Vaccination in Bombay 1874-1876 - 1874-1876
Year: 1874
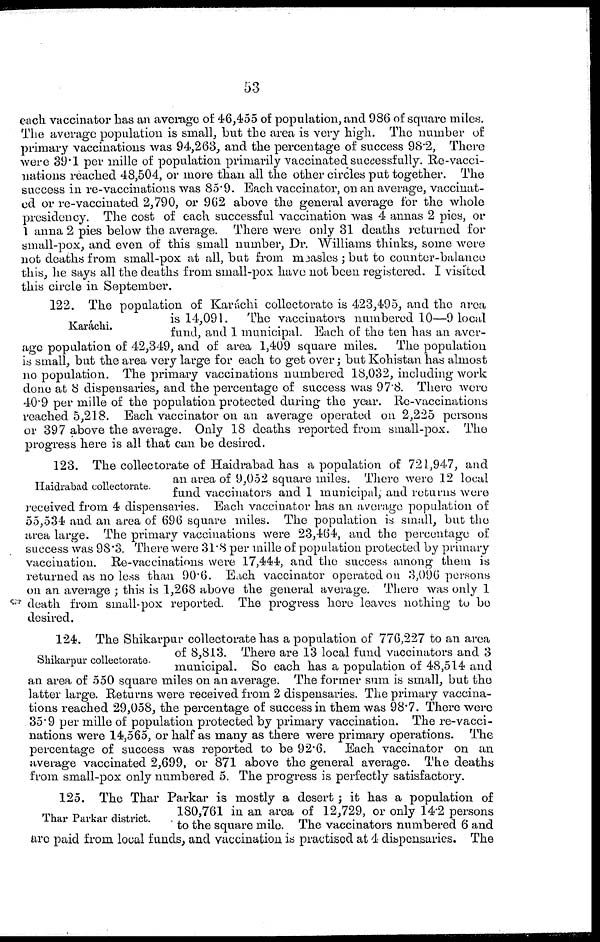
53
each vaccinator has an average of 46,455 of population, and 986 of square miles.
The average population is small, but the area is very high. The number of
primary vaccinations was 94,263, and the percentage of success 98.2, There
were 39.1 per mille of population primarily vaccinated successfully. Re-vacci-
nations reached 48,504, or more than all the other circles put together. The
success in re-vaccinations was 85.9. Each vaccinator, on an average, vaccinat-
ed or re-vaccinated 2,790, or 962 above the general average for the whole
presidency. The cost of each successful vaccination was 4 annas 2 pies, or
1 anna 2 pies below the average. There were only 31 deaths returned for
small-pox, and even of this small number, Dr. Williams thinks, some were
not deaths from small-pox at all, but from measles ; but to counter-balance
this, he says all the deaths from small-pox have not been registered. I visited
this circle in September.
Karáchi.
122. The population of Karáchi collectorate is 423,495, and the area
is 14,091. The vaccinators numbered 10—9 local
fund, and 1 municipal. Each of the ten has an aver-
age population of 42,349, and of area 1,409 square miles. The population
is small, but the area very large for each to get over; but Kohistan has almost
no population. The primary vaccinations numbered 18,032, including work
done at 8 dispensaries, and the percentage of success was 97.8. There were
40.9 per mille of the population protected during the year. Re-vaccinations
reached 5,218. Each vaccinator on an average operated on 2,225 persons
or 397 above the average. Only 18 deaths reported from small-pox. The
progress here is all that can be desired.
Haidrabad collectorate.
123. The collectorate of Haidrabad has a population of 721,947, and
an area of 9,052 square miles. There were 12 local
fund vaccinators and 1 municipal, and returns were
received from 4 dispensaries. Each vaccinator has an average population of
55,534 and an area of 696 square miles. The population is small, but the
area large. The primary vaccinations were 23,464, and the percentage of
success was 98.3. There were 31.8 per mille of population protected by primary
vaccination. Re-vaccinations were 17,444, and the success among them is
returned as no less than 90.6. Each vaccinator operated on 3,096 persons
on an average ; this is 1,268 above the general average. There was only 1
death from small-pox reported. The progress here leaves nothing to be
desired.
Shikarpur collectorate.
124. The Shikarpur collectorate has a population of 776,227 to an area
of 8,813. There are 13 local fund vaccinators and 3
municipal. So each has a population of 48,514 and
an area of 550 square miles on an average. The former sum is small, but the
latter large. Returns were received from 2 dispensaries. The primary vaccina-
tions reached 29,058, the percentage of success in them was 98.7. There were
35.9 per mille of population protected by primary vaccination. The re-vacci-
nations were 14,565, or half as many as there were primary operations. The
percentage of success was reported to be 92.6. Each vaccinator on an
average vaccinated 2,699, or 871 above the general average. The deaths
from small-pox only numbered 5. The progress is perfectly satisfactory.
Thar Parkar district.
125. The Thar Parkar is mostly a desert ; it has a population of
180,761 in an area of 12,729, or only 14.2 persons
to the square mile. The vaccinators numbered 6 and
are paid from local funds, and vaccination is practised at 4 dispe nsaries. The